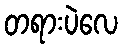
တရားပဲလေ